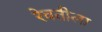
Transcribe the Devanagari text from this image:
रेवतीला